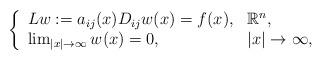
LaTeX: \begin{align*} \left\{ \begin{array} { l l } {Lw:= a _ { i j } ( x ) D _ { i j } w ( x ) = f ( x ) ,} & { \mathbb { R } ^ { n } ,} \\ { \lim _ { | x | \rightarrow \infty } w ( x ) = 0 ,} & { | x | \rightarrow \infty ,} \end{array} \right. \end{align*}